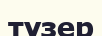
түзер